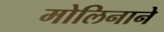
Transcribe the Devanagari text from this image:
मोलिनाने